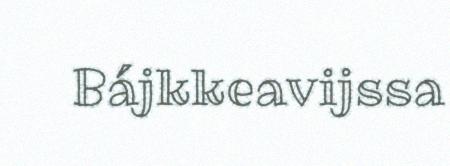
Bájkkeavijssa